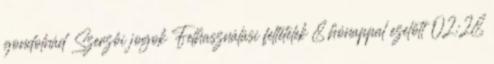
gondolnád Szerzői jogok Felhasználási feltételek 8 hónappal ezelőtt 02:28